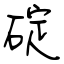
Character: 碇